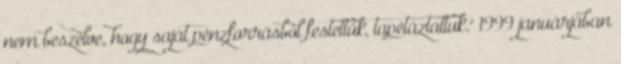
nem beszélve, hogy saját pénzforrásból festettük, tapétáztattuk." 1999 januárjában